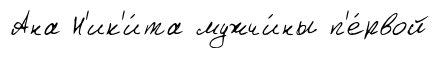
Ана Н'ик'и́та мужчи́ны п'е́рвой